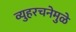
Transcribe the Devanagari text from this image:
व्युहरचनेमुळे